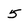
Character: 5